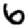
Digit: 6